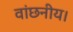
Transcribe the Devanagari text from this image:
वांछनीय।